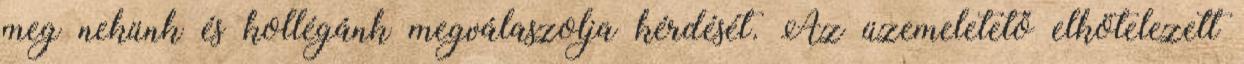
meg nekünk és kollégánk megválaszolja kérdését. Az üzemeletető elkötelezett